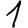
Digit: 1